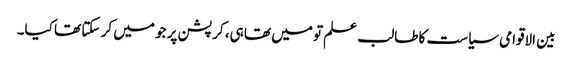
بین الاقوامی سیاست کا طالب علم تو میں تھا ہی، کرپشن پر جو میں کر سکتا تھا کیا۔